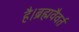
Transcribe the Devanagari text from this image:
है।ब्रह्मवैवर्त